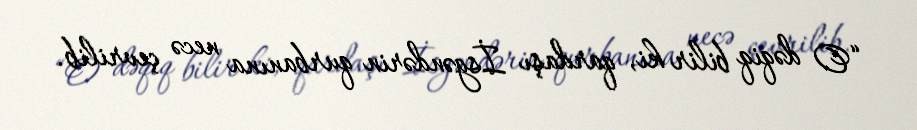
“O dəqiq bilir ki, qardaşı İsgəndərin qurbanına necə çevrilib.